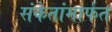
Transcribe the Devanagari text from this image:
संकेतांमार्फत